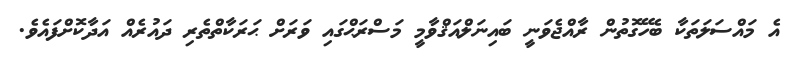
އެ މައްސަލަތަކާ ބެހޭގޮތުން ރާއްޖެވަނީ ބައިނަލްއަޤްވާމީ މަސްރަޙްގައި ވަރަށް ޙަރަކާތްތެރި ދައުރެއް އަދާކޮށްފައެވެ.